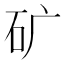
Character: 矿